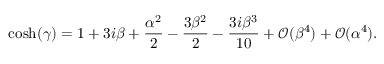
\cosh ( \gamma ) = 1 + 3 i \beta + \frac { \alpha ^ { 2 } } { 2 } - \frac { 3 \beta ^ { 2 } } { 2 } - \frac { 3 i \beta ^ { 3 } } { 1 0 } + \mathcal O ( \beta ^ { 4 } ) + \mathcal O ( \alpha ^ { 4 } ) .